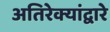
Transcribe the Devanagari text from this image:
अतिरेक्यांद्वारे